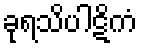
ခုရသိပါဋိကံ